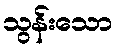
သွန်းသော